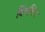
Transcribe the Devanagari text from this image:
विसलिंग